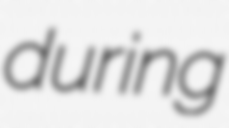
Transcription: during